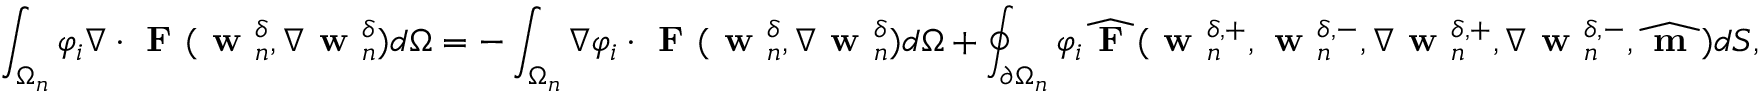
\int _ { \Omega _ { n } } \varphi _ { i } \nabla \cdot \textbf { F } ( \textbf { w } _ { n } ^ { \delta } , \nabla \textbf { w } _ { n } ^ { \delta } ) d \Omega = - \int _ { \Omega _ { n } } \nabla \varphi _ { i } \cdot \textbf { F } ( \textbf { w } _ { n } ^ { \delta } , \nabla \textbf { w } _ { n } ^ { \delta } ) d \Omega + \oint _ { \partial \Omega _ { n } } \varphi _ { i } \widehat { \textbf { F } } ( \textbf { w } _ { n } ^ { \delta , + } , \textbf { w } _ { n } ^ { \delta , - } , \nabla \textbf { w } _ { n } ^ { \delta , + } , \nabla \textbf { w } _ { n } ^ { \delta , - } , \widehat { \textbf { m } } ) d S ,